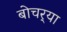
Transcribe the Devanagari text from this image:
बोचर्‍या